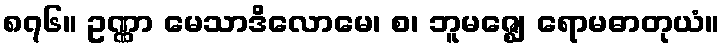
၈၇၆။ ဥဏ္ဏာ မေသာဒိလောမေ၊ စ၊ ဘူမဇ္ဈေ ရောမဓာတုယံ။